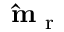
\mathbf { \hat { m } } _ { \mathrm { ~ r ~ } }